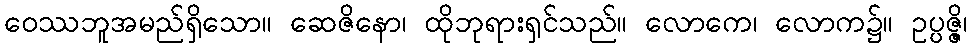
ဝေဿဘူအမည်ရှိသော။ ဆေဇိနော၊ ထိုဘုရားရှင်သည်။ လောကေ၊ လောက၌။ ဥပ္ပဇ္ဇိ၊